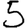
Digit: 5